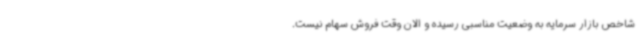
شاخص بازار سرمایه به وضعیت مناسبی رسیده و الان وقت فروش سهام نیست.